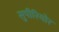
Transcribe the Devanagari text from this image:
सुपीरियोर